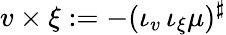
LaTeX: v\times\xi:=-(\iota_{v}\, \iota_{\xi}\mu)^{\sharp}